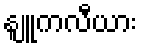
နျူကလီယား